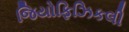
જિયોફિઝિકલી